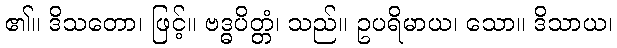
၏။ ဒိသတော၊ ဖြင့်။ ဗဒ္ဓပိတ္တံ၊ သည်။ ဥပရိမာယ၊ သော။ ဒိသာယ၊